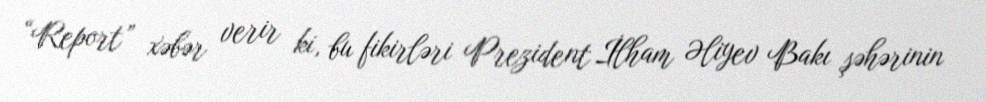
“Report” xəbər verir ki, bu fikirləri Prezident İlham Əliyev Bakı şəhərinin